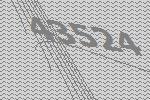
43524